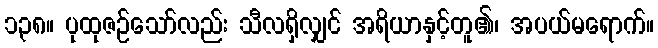
၁၃၈။ ပုထုဇဉ်သော်လည်း သီလရှိလျှင် အရိယာနှင့်တူ၏၊ အပယ်မရောက်။